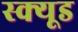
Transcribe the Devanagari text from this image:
स्क्यूड